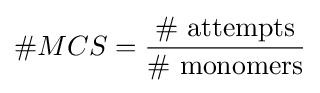
\#MCS={\frac {\#{\text{ attempts}}}{\#{\text{ monomers}}}}